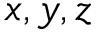
x , y , z